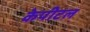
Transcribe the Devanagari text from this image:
केपीटल